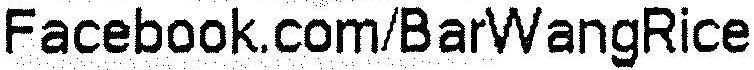
FACEBOOK.COM/BARWANGRICE